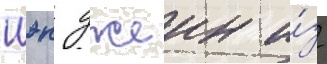
Иэн джеин и́з